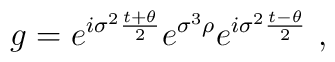
g=e^{i\sigma^2\frac{t+\theta}{2}}e^{\sigma^3\rho}e^{i\sigma^2\frac{t-\theta}{2}}~,